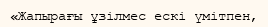
«Жапырағы ұзілмес ескі үмітпен,